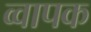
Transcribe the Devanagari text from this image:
व्वापक